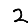
Digit: 2